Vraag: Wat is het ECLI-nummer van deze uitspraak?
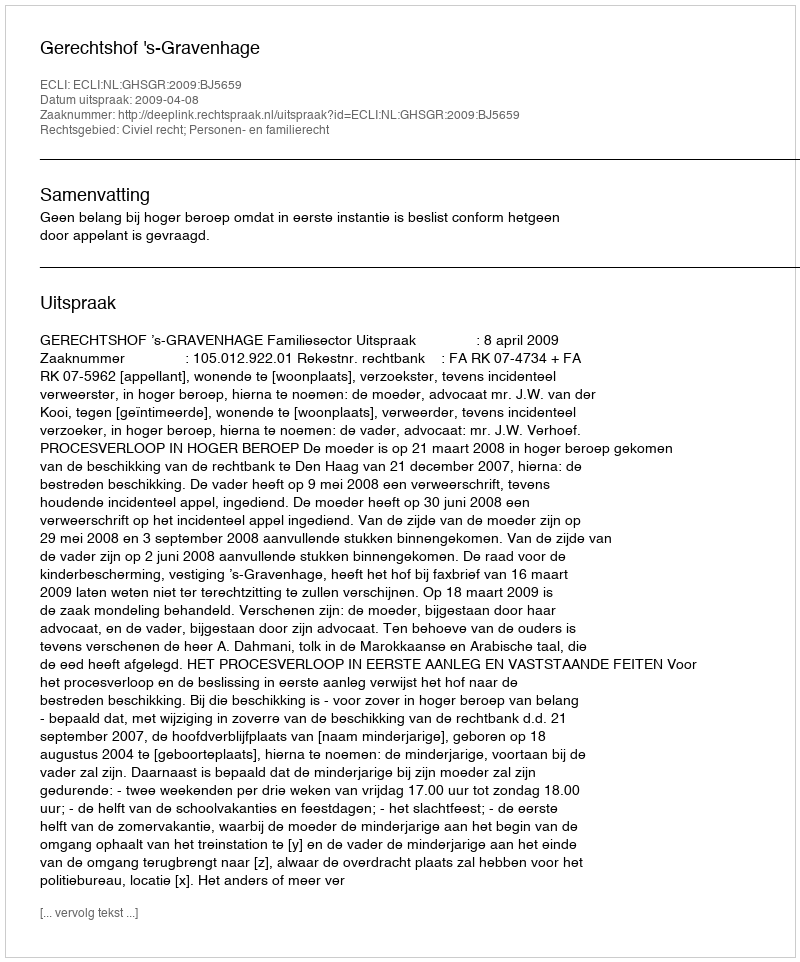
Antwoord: ECLI:NL:GHSGR:2009:BJ5659